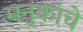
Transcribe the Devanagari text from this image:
मनुकांचे